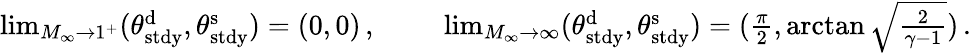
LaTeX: \begin{array}{r}{\operatorname*{lim}_{M_{\infty}\to 1^{+}}(\theta_{\mathrm{stdy}}^{\mathrm{d}},\theta_{\mathrm{stdy}}^{\mathrm{s}})=(0,0)\, ,\qquad\, \, \operatorname*{lim}_{M_{\infty}\to\infty}(\theta_{\mathrm{stdy}}^{\mathrm{d}},\theta_{\mathrm{stdy}}^{\mathrm{s}})=(\frac{\pi}{2},\arctan{\sqrt{\frac{2}{\gamma-1}}})\, .}\end{array}